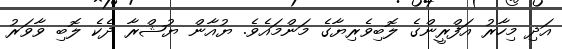
އަދި މިހާރު އަފްރީންގެ ލޮބިވެރިޔާގެ މަންމައެވެ. ޔުއާން ޔުޝްރާ ދެކެ ލޮބި ވާވަރު